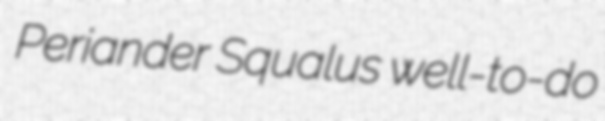
Periander Squalus well-to-do